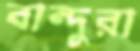
বান্দুরা